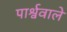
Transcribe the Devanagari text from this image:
पार्श्ववाले